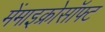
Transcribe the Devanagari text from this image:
मेंमाइक्रोसॉफ्ट